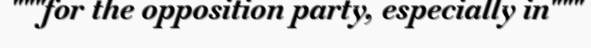
"""for the opposition party, especially in"""